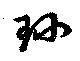
珍